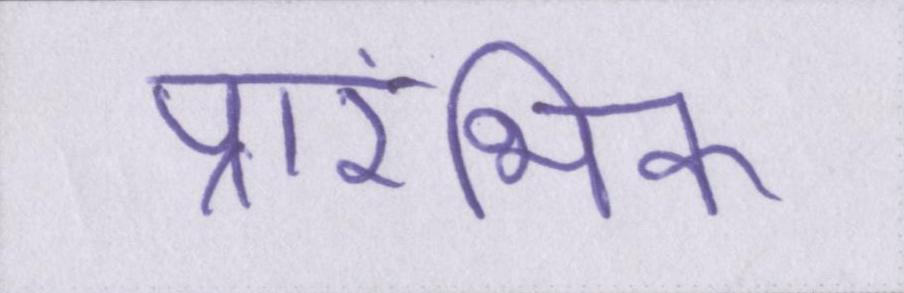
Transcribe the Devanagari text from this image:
प्रारंभिक